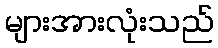
များအားလုံးသည်